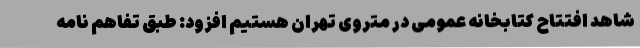
شاهد افتتاح کتابخانه عمومی در متروی تهران هستیم افزود: طبق تفاهم نامه